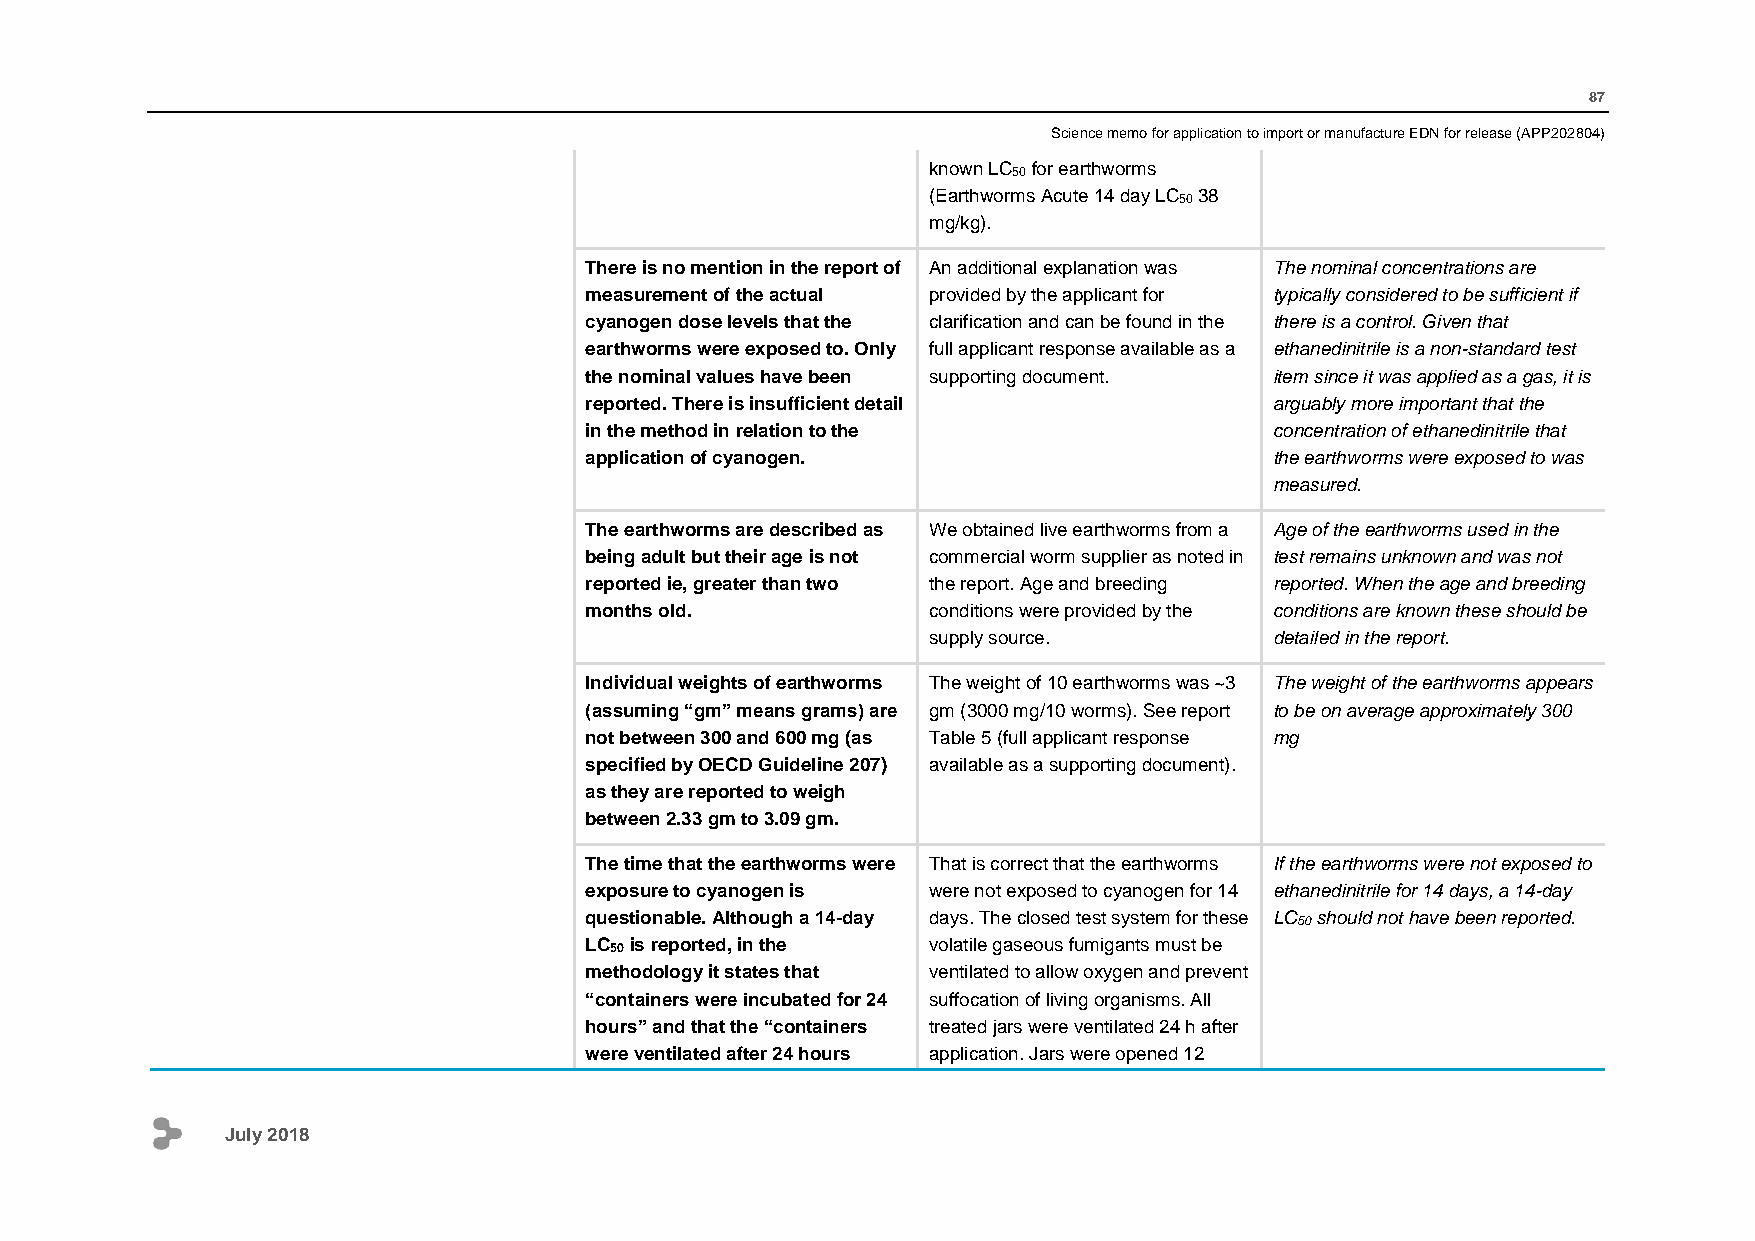
87
 Science memo for application to import or manufacture EDN for release (APP202804)
 known LC50 for earthworms
 (Earthworms Acute 14 day LC50 38
 mg/kg).
 There is no mention in the report of An additional explanation was The nominal concentrations are
 measurement of the actual provided by the applicant for typically considered to be sufficient if
 cyanogen dose levels that the clarification and can be found in the there is a control. Given that
 earthworms were exposed to. Only full applicant response available as a ethanedinitrile is a non-standard test
 the nominal values have been supporting document. item since it was applied as a gas, it is
 reported. There is insufficient detail       arguably more important that the
 in the method in relation to the             concentration of ethanedinitrile that
 application of cyanogen.                     the earthworms were exposed to was
 measured.
 The earthworms are described as We obtained live earthworms from a Age of the earthworms used in the
 being adult but their age is not commercial worm supplier as noted in test remains unknown and was not
 reported ie, greater than two the report. Age and breeding reported. When the age and breeding
 months old.           conditions were provided by the conditions are known these should be
 supply source.         detailed in the report.
 Individual weights of earthworms The weight of 10 earthworms was ~3 The weight of the earthworms appears
 (assuming “gm” means grams) are gm (3000 mg/10 worms). See report to be on average approximately 300
 not between 300 and 600 mg (as Table 5 (full applicant response mg
 specified by OECD Guideline 207) available as a supporting document).
 as they are reported to weigh
 between 2.33 gm to 3.09 gm.
 The time that the earthworms were That is correct that the earthworms If the earthworms were not exposed to
 exposure to cyanogen is were not exposed to cyanogen for 14 ethanedinitrile for 14 days, a 14-day
 questionable. Although a 14-day days. The closed test system for these LC50 should not have been reported.
 LC50 is reported, in the volatile gaseous fumigants must be
 methodology it states that ventilated to allow oxygen and prevent
 “containers were incubated for 24 suffocation of living organisms. All
 hours” and that the “containers treated jars were ventilated 24 h after
 were ventilated after 24 hours application. Jars were opened 12
 July 2018